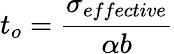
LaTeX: t_{o}=\frac{\sigma_{effective}}{\alpha b}